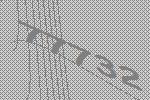
77732